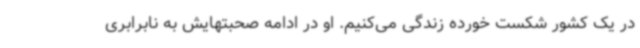
در یک کشور شکست خورده زندگی می‌کنیم. او در ادامه صحبتهایش به نابرابری